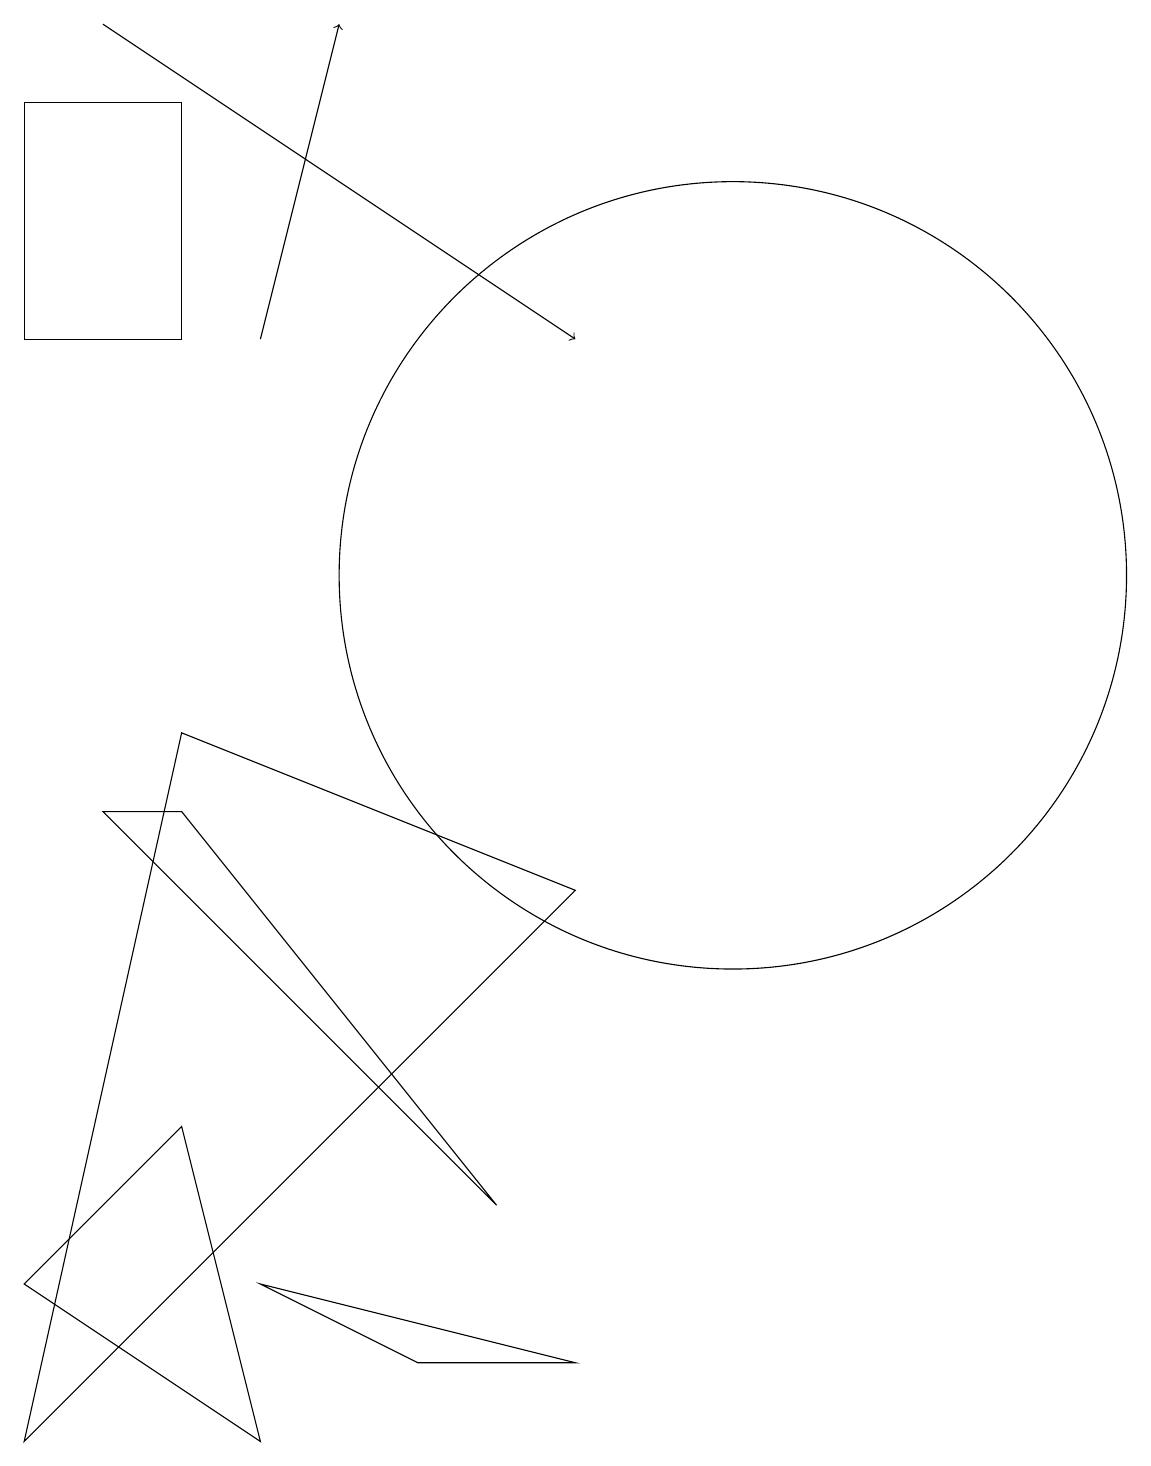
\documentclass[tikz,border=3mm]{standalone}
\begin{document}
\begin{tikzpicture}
\draw (5,2) -- (7,1) -- (9,1) -- cycle;
\draw (9,7) -- (2,0) -- (4,9) -- cycle;
\draw (11,11) circle (5);
\draw (2,2) -- (5,0) -- (4,4) -- cycle;
\draw (4,14) rectangle (2,17);
\draw (8,3) -- (4,8) -- (3,8) -- cycle;
\draw[->] (3,18) -- (9,14);
\draw[->] (5,14) -- (6,18);
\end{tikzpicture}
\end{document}